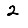
Digit: 2